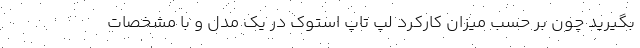
بگیرید چون بر حسب میزان کارکرد لپ تاپ استوک در یک مدل و با مشخصات